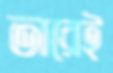
তারেই